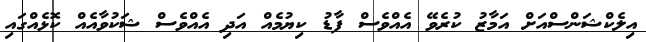
އިލެކްޝަންސްއަށް އަމާޒު ކުރެވޭ އެއްވެސް ފާޑު ކިޔުމެއް އަދި އެއްވެސް ޝަކުވާއެއް ކޮޅެއްގައި